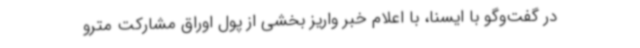
در گفت‌وگو با ایسنا، با اعلام خبر واریز بخشی از پول اوراق مشارکت مترو